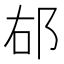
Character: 𨚞